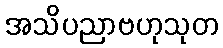
အသိပညာဗဟုသုတ